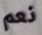
نعم